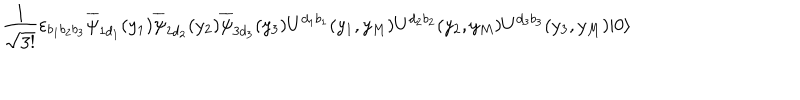
LaTeX: \frac { 1 } { \sqrt { 3 ! } } \varepsilon _ { b _ { 1 } b _ { 2 } b _ { 3 } } \overline { { { \psi } } } _ { 1 d _ { 1 } } ( y _ { 1 } ) \overline { { { \psi } } } _ { 2 d _ { 2 } } ( y _ { 2 } ) \overline { { { \psi } } } _ { 3 d _ { 3 } } ( y _ { 3 } ) U ^ { d _ { 1 } b _ { 1 } } ( y _ { 1 } , y _ { M } ) U ^ { d _ { 2 } b _ { 2 } } ( y _ { 2 } , y _ { M } ) U ^ { d _ { 3 } b _ { 3 } } ( y _ { 3 } , y _ { M } ) | 0 \rangle